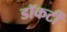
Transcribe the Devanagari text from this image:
डॉकर्टी